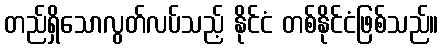
တည်ရှိသောလွတ်လပ်သည့် နိုင်ငံ တစ်နိုင်ငံဖြစ်သည်။